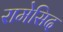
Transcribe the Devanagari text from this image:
रामेसिद